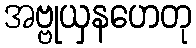
အဗ္ဗုယှနဟေတု